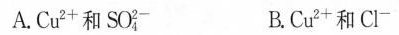
A.Cu^{2+}和 SO_{4}^{2-} B.Cu^{2+}和 Cl^{-}